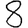
Digit: 8